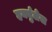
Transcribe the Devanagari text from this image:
हर्क्युलेस